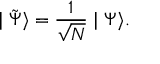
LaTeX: \mid \tilde { \Psi } \rangle = \frac 1 { \sqrt { N } } \mid \Psi \rangle .